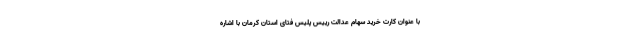
با عنوان کارت خرید سهام عدالت رییس پلیس فتای استان کرمان با اشاره